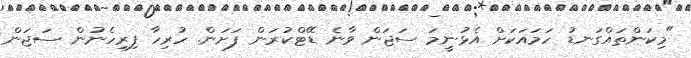
"މިކަންތައްގަނޑު ހަމައަކަށް އެޅުނީމަ ސަޖަން ވާނެ ޑޭޓްކުރަން ފަށަން. ހުރިހާ ފިރިހެނުން ސަޖަން